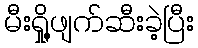
မီးရှို့ဖျက်ဆီးခဲ့ပြီး